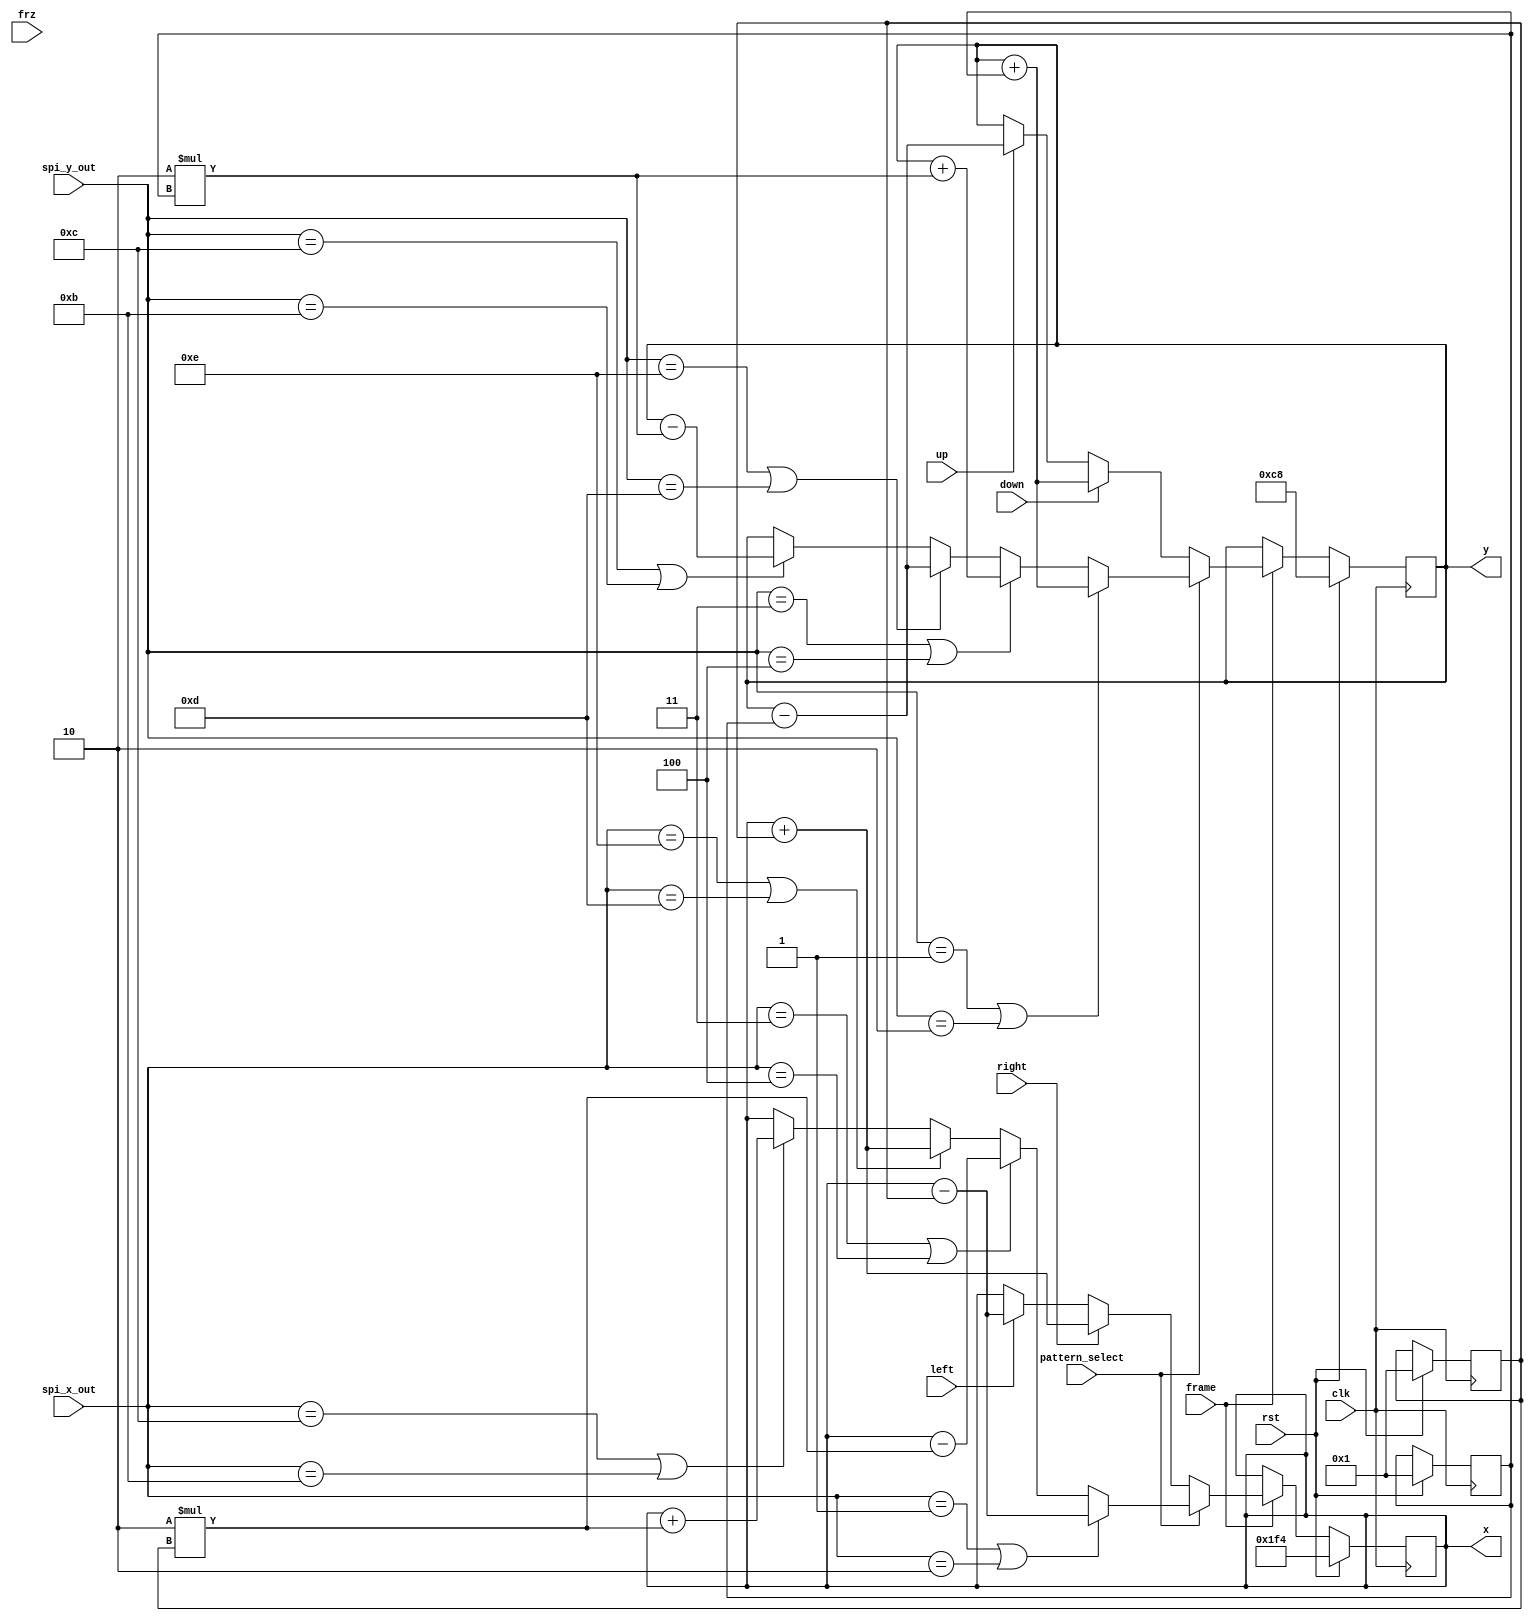
`timescale 1ns / 1ps
//////////////////////////////////////////////////////////////////////////////////
// Company: 
// Engineer: 
// 
// Design Name: 
// Module Name: player1_move
// Project Name: 
// Target Devices: 
// Tool Versions: 
// Description: 
// 
// Dependencies: 
// 
// Revision:
// Revision 0.01 - File Created
// Additional Comments:
// 
//////////////////////////////////////////////////////////////////////////////////


module player1_move #(parameter X = 500, Y = 200)(
    	frame, 
        clk,
        rst,
        frz,
        up,
        down,
        right,
        left,
        x,
        y,
        pattern_select,
        spi_x_out,
        spi_y_out
    );
    input frame;
    input clk;
    input rst;
    input frz;
    input up;
    input down;
    input right;
    input left;
    output reg [10:0]x;
    output reg [9:0]y;

    input pattern_select;
    input [3:0]spi_x_out;
    input [3:0]spi_y_out;
    
    
    reg signed [3:0]v_x;
    reg signed [3:0]v_y;
    reg [1:0]xdirect;// 01,2
    reg [1:0]ydirect;//012
    
      
    always@(posedge clk)
    begin

        if ( rst ) 
            begin
                      x<=X;
                      y<=Y;
                      v_x<=1;
                      v_y<=1;
            end
        else if ( frame == 1 ) 
        begin
            if(pattern_select==0)
            begin
               if(left)x<=x-v_x;
               if(right)x<=x+v_x;
               
               if(up)y<=y-v_y;
               if(down)y<=y+v_y;
            end
            else 
            begin
                if(spi_x_out==1||spi_x_out==2)x<=x-v_x;
                else if(spi_x_out==3||spi_x_out==4)x<=x-2*v_x;
                else if(spi_x_out==4'b1110||spi_x_out==4'b1101)x<=x+v_x;
                else if(spi_x_out==4'b1100||spi_x_out==4'b1011)x<=x+2*v_x;
                
                if(spi_y_out==1||spi_y_out==2)y<=y+v_y;
                else if(spi_y_out==3||spi_y_out==4)y<=y+2*v_y;
                else if(spi_y_out==4'b1110||spi_y_out==4'b1101)y<=y-v_y;
                else if(spi_y_out==4'b1100||spi_y_out==4'b1011)y<=y-2*v_y;
            end
        end
        

    end
    
    
endmodule